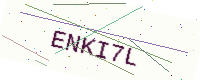
Text: ENKI7L